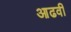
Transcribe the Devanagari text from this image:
आढवी